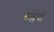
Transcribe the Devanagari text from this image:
संश्लेषी